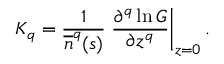
K _ { q } = \frac { 1 } { \overline { { n } } ^ { q } ( s ) } \left. \frac { \partial ^ { q } \ln G } { \partial z ^ { q } } \right| _ { z = 0 } .